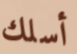
أسلك